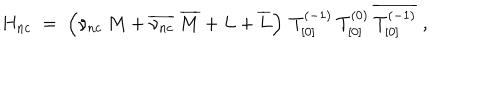
H _ { n c } \; = \; \left( \nu _ { n c } \: M + \overline { { { \nu _ { n c } } } } \: \overline { { { M } } } + L + \overline { { { L } } } \right) \: T _ { [ 0 ] } ^ { ( - 1 ) } \: T _ { [ 0 ] } ^ { ( 0 ) } \: \overline { { { T _ { [ 0 ] } ^ { ( - 1 ) } } } } \; ,